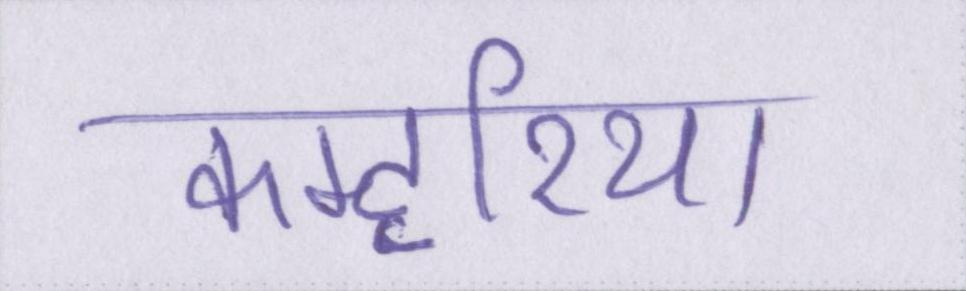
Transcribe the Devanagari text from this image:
कम्हरिया